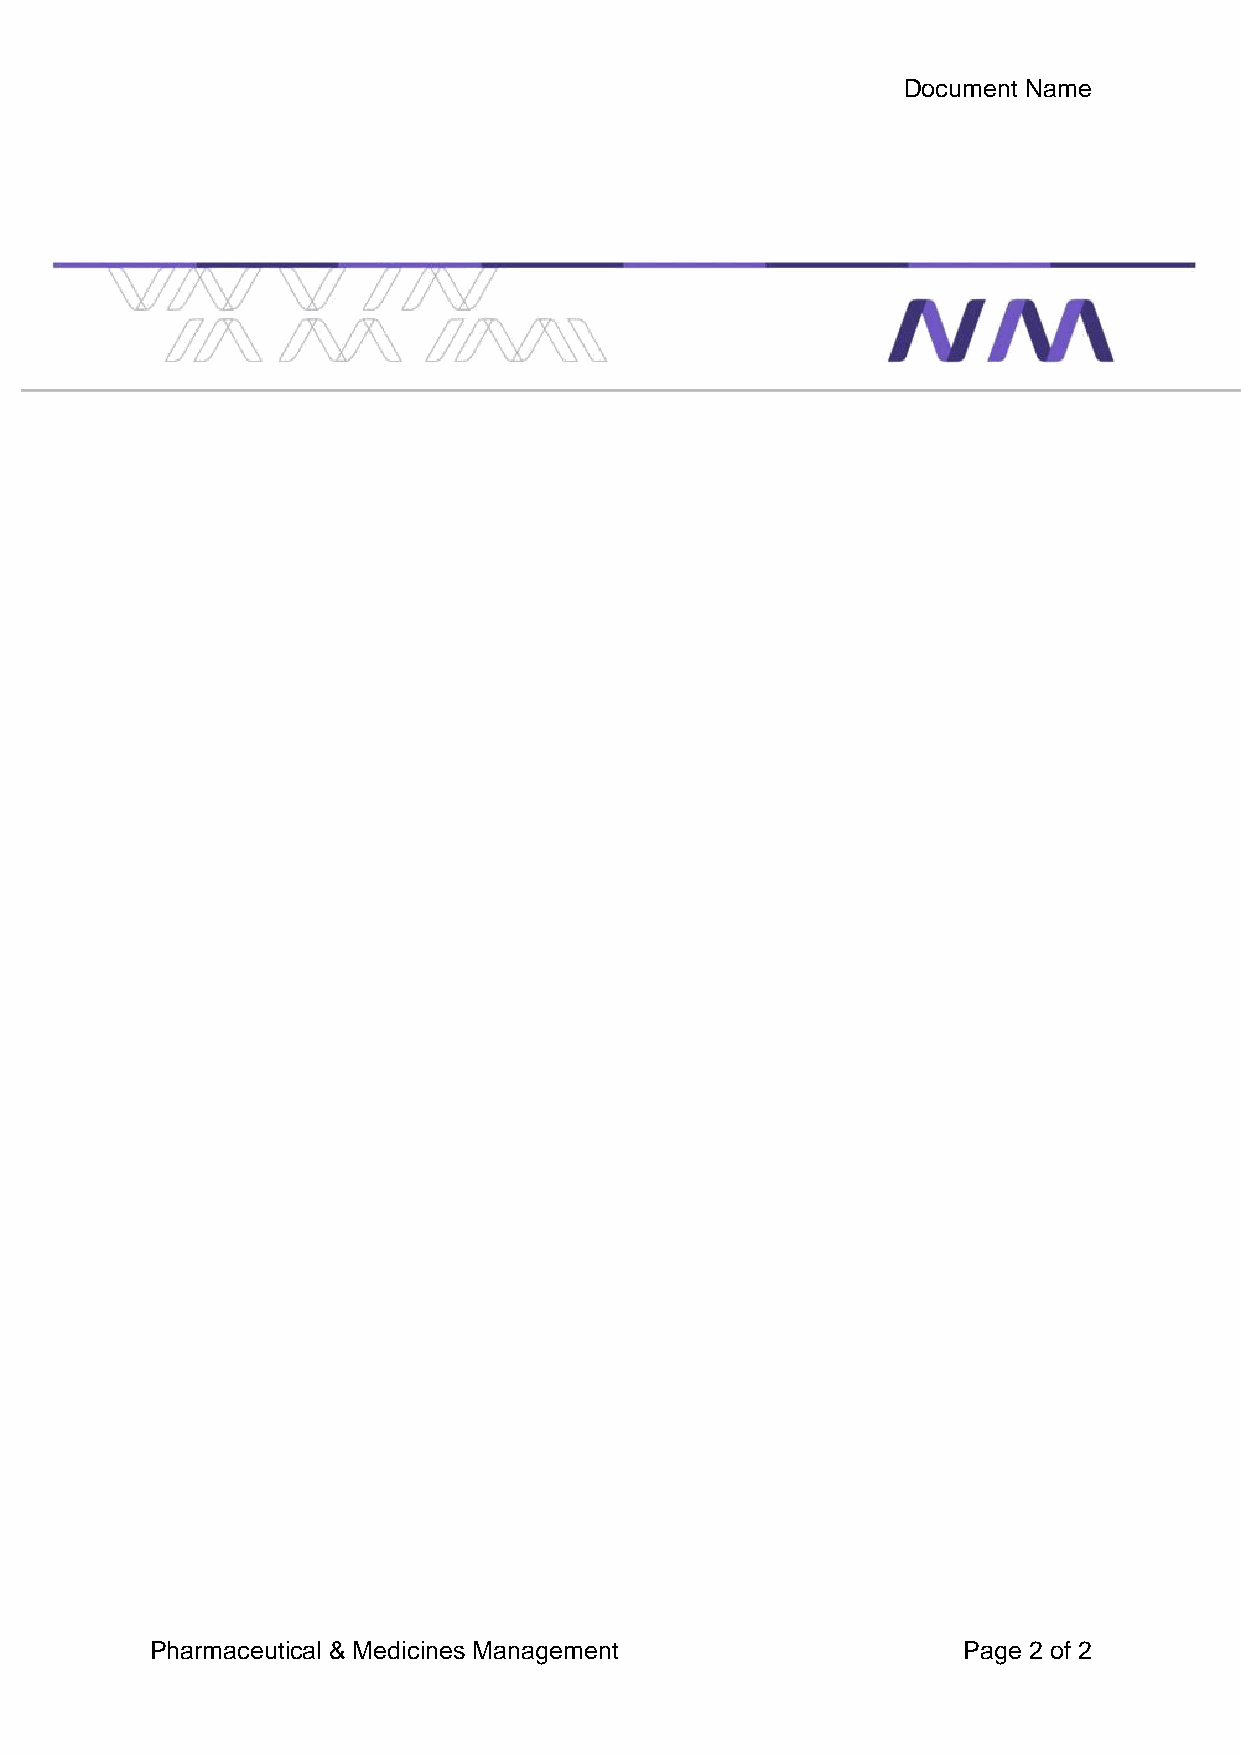
Document Name
 Pharmaceutical & Medicines Management                 Page 2 of 2